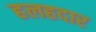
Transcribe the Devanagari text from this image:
हलहदार